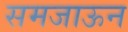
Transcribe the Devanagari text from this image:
समजाऊन